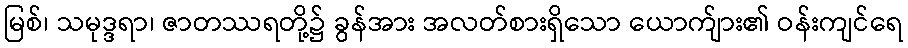
မြစ်၊ သမုဒ္ဒရာ၊ ဇာတဿရတို့၌ ခွန်အား အလတ်စားရှိသော ယောက်ျား၏ ဝန်းကျင်ရေ